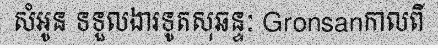
សំអូន ទទួលងារទូតសុឆន្ទៈ Gronsanកាលពី